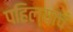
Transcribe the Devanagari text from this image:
पहिल्याचं